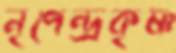
নৃপেন্দ্রকৃষ্ণ